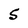
Character: S